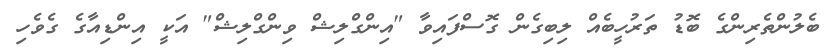
ބެލުންތެރިންގެ ބޮޑު ތަރުހީބެއް ލިބިގެން ގޮސްފައިވާ "އިންގްލިޝް ވިންގްލިޝް" އަކީ އިންޑިއާގެ ގެވެހި